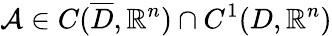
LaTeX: \mathcal{A}\in C(\overline{{D}},\mathbb{R}^{n})\cap C^{1}(D,\mathbb{R}^{n})